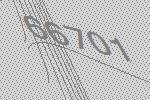
66701